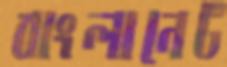
বাংলানেট